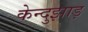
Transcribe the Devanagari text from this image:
केन्दुझाड़